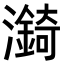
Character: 𪷼